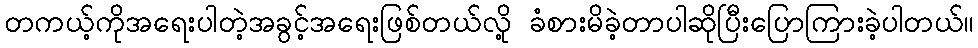
တကယ့်ကိုအရေးပါတဲ့အခွင့်အရေးဖြစ်တယ်လို့ ခံစားမိခဲ့တာပါဆိုပြီးပြောကြားခဲ့ပါတယ်။